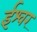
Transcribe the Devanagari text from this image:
र्इश्वर